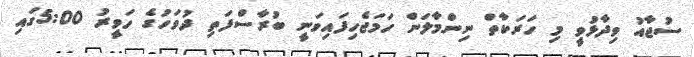
ސުޖާއު ވިދާޅުވީ މި ހަރަކާތް ނިންމާލަން ހަމަޖެހިފައިވަނީ ބުރާސްފަތި ދުވަހުގެ ހަވީރު 5:00ގައި